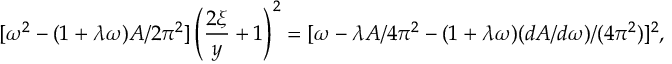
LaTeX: [ \omega ^ { 2 } - ( 1 + \lambda \omega ) A / 2 \pi ^ { 2 } ] \left( \frac { 2 \xi } { y } + 1 \right) ^ { 2 } = [ \omega - \lambda A / 4 \pi ^ { 2 } - ( 1 + \lambda \omega ) ( d A / d \omega ) / ( 4 \pi ^ { 2 } ) ] ^ { 2 } ,